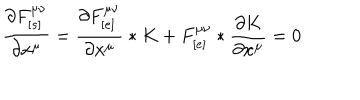
\frac { \partial F _ { [ s ] } ^ { \mu \nu } } { \partial x ^ { \mu } } = \frac { \partial F _ { [ e ] } ^ { \mu \nu } } { \partial x ^ { \mu } } * K + F _ { [ e ] } ^ { \mu \nu } * \frac { \partial K } { \partial x ^ { \mu } } = 0